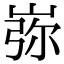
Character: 㟜